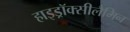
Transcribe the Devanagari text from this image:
हाइड्रॉक्सीलैमिन